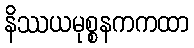
နိဿယမုစ္စနကကထာ